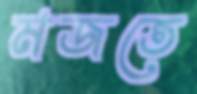
মজতে